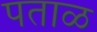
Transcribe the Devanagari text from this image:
पताळ